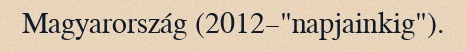
Magyarország (2012–"napjainkig").